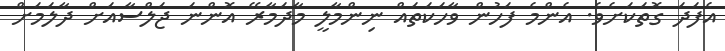
އެފަދަ ގޮތަކަށެވެ. އެންމެ ފަހުން ވާހަކަތައް ނިންމާލީ މާދަމާރޭ އޮންނަ ޖަލްސާއަށް ދާލަމަށް